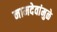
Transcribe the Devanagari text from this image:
नामदेवांमुळे